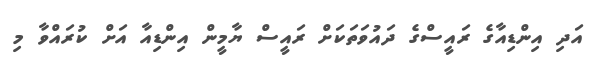
އަދި އިންޑިއާގެ ރައީސްގެ ދައުވަތަކަށް ރައީސް ޔާމީން އިންޑިއާ އަށް ކުރައްވާ މި